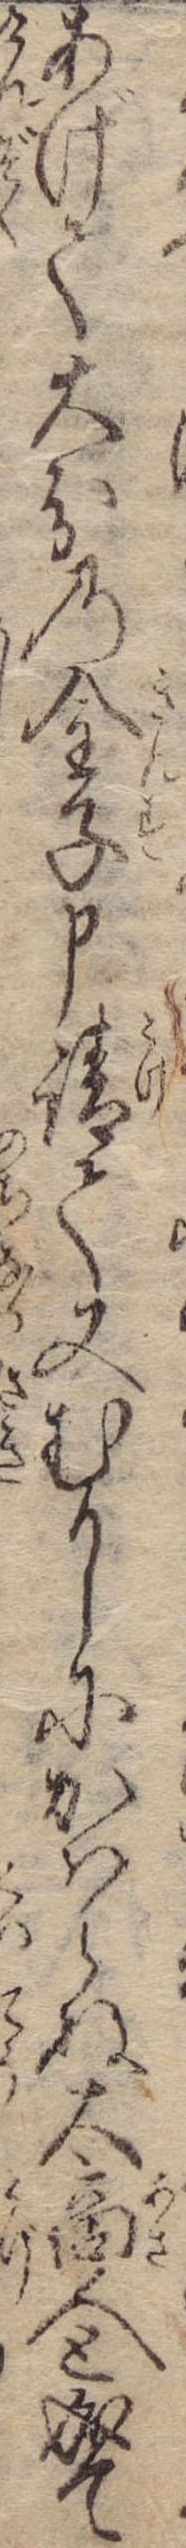
あげて大分の金子申請て又むかしにかはらぬ大商人と成て